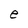
Character: e